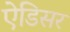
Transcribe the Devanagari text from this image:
ऐडिसर